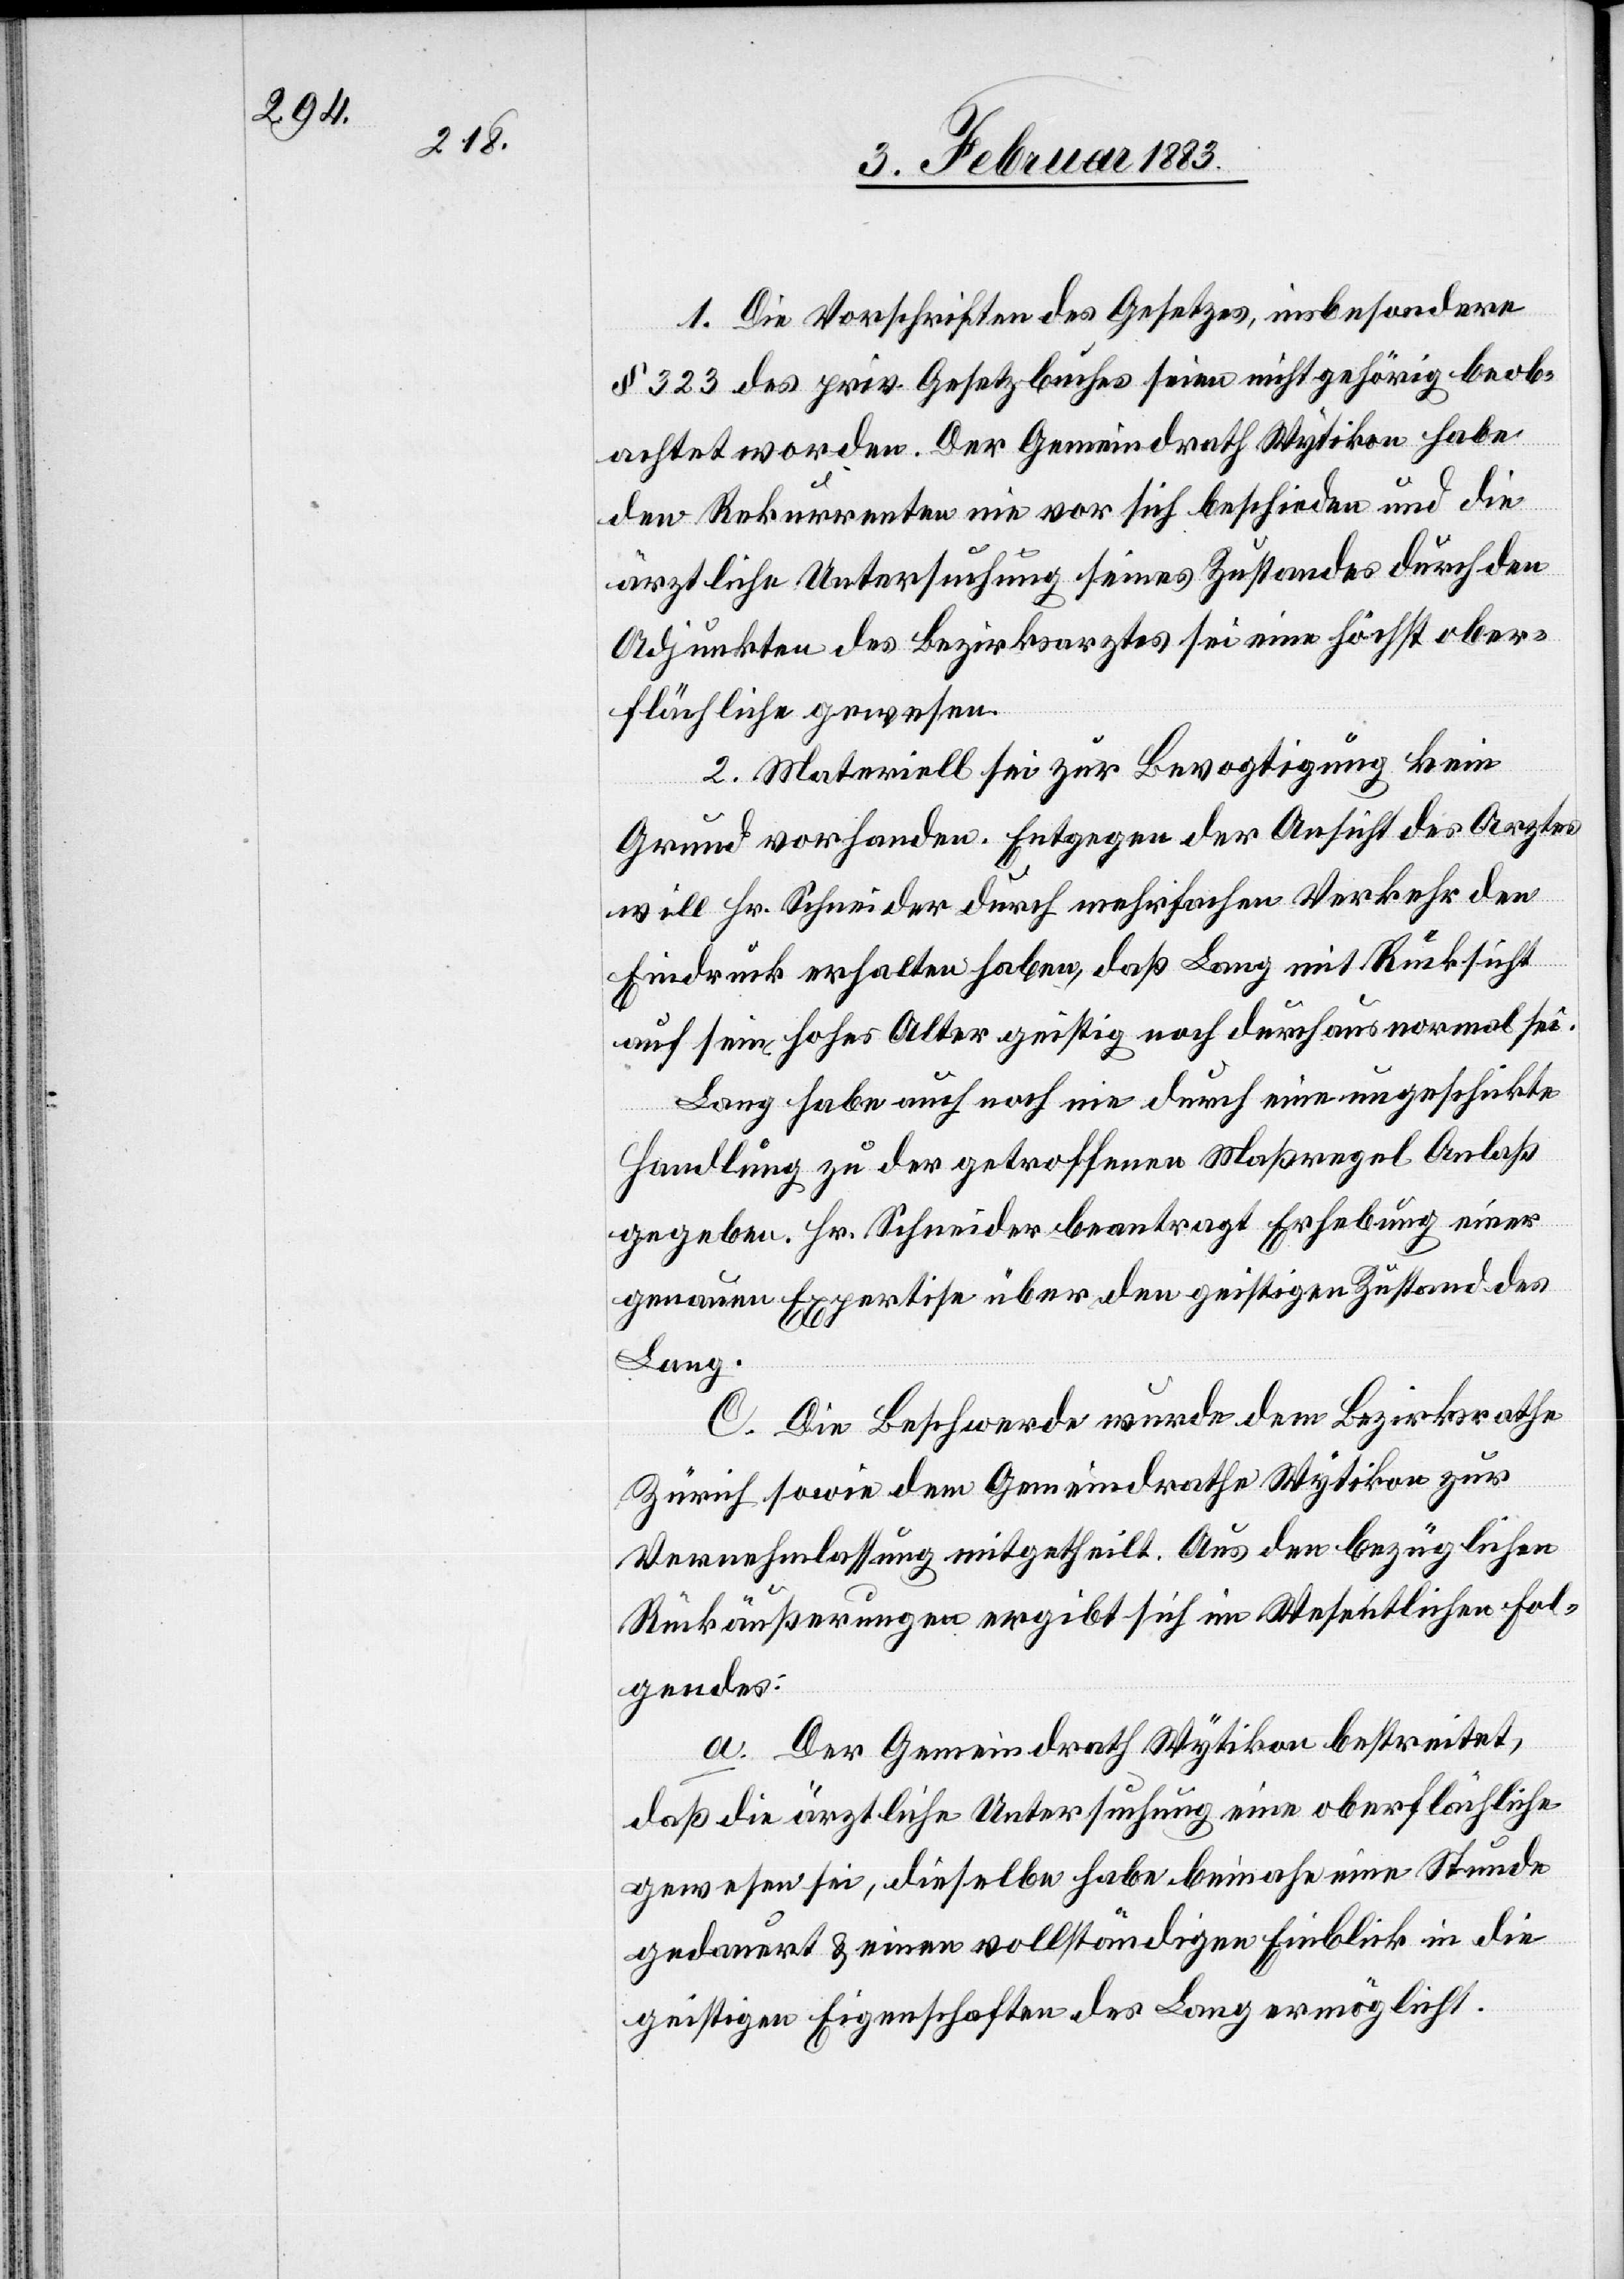
1. Die Vorschriften des Gesetzes, insbesondere
§ 323 des priv. Gesetzbuches seien nicht gehörig beob¬
achtet worden. Der Gemeindrath Wytikon habe
den Rekurrenten nie vor sich beschieden und die
ärztliche Untersuchung seines Zustandes durch den
Adjunkten des Bezirksarztes sei eine höchst ober¬
flächliche gewesen.
2. Materiell sei zur Bevogtigung kein
Grund vorhanden. Entgegen der Ansicht des Arztes
will Hr. Schneider durch mehrfachen Verkehr den
Eindruck erhalten haben, daß Lang mit Rücksicht
auf sein hohes Alter geistig noch durchaus normal sei.
Lang habe auch noch nie durch eine ungeschickte
Handlung zu der getroffenen Maßregel Anlaß
gegeben. Hr. Schneider beantragt Erhebung einer
genauen Expertise über den geistigen Zustand des
Lang.
C. Die Beschwerde wurde dem Bezirksrathe
Zürich sowie dem Gemeindrathe Wytikon zur
Vernehmlassung mitgetheilt. Aus den bezüglichen
Rückäußerungen ergibt sich im Wesentlichen Fol¬
gendes:
a. Der Gemeindrath Wytikon bestreitet,
daß die ärztliche Untersuchung eine oberflächliche
gewesen sei, dieselbe habe beinahe eine Stunde
gedauert & einen vollständigen Einblick in die
geistigen Eigenschaften des Lang ermöglicht.